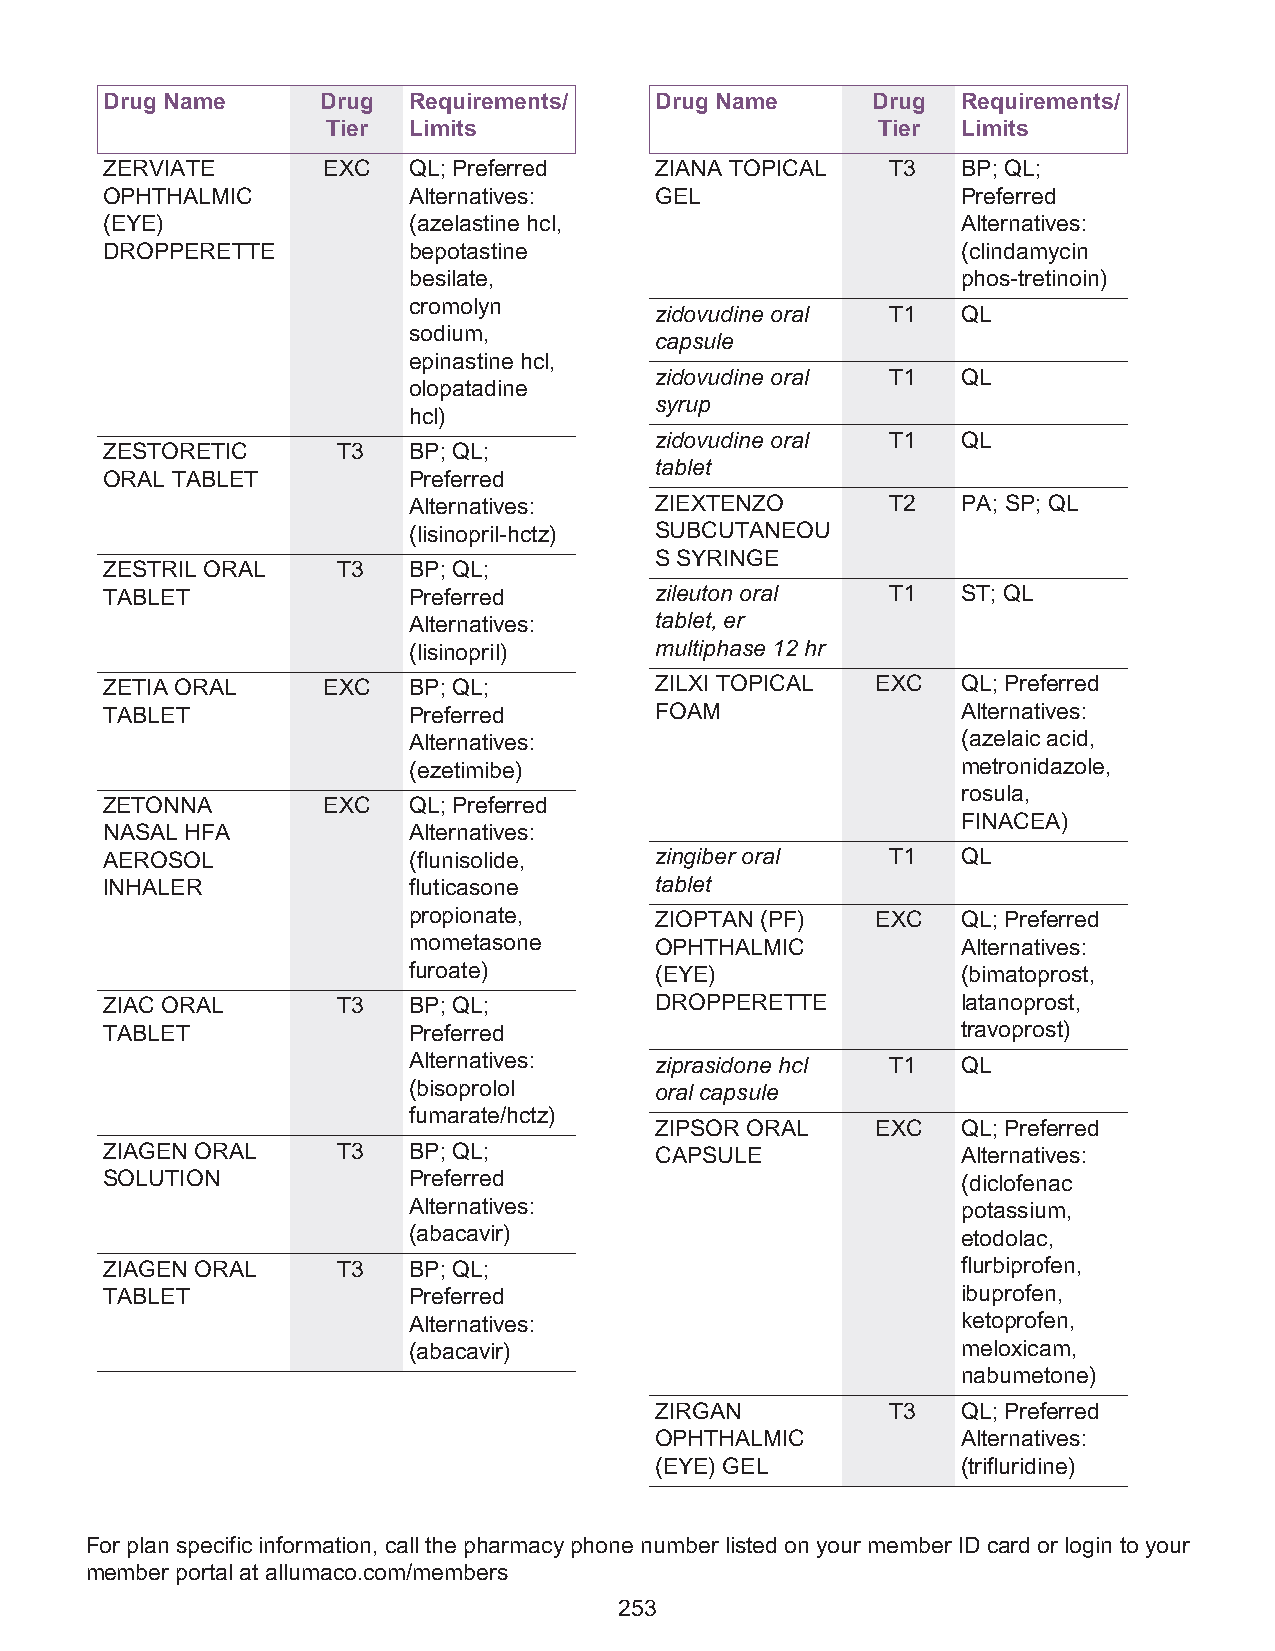
Drug Name     Drug  Requirements/   Drug Name      Drug  Requirements/
 Tier Limits                         Tier  Limits
 ZERVIATE      EXC   QL; Preferred   ZIANA TOPICAL   T3   BP; QL;
 OPHTHALMIC          Alternatives:   GEL                  Preferred
 (EYE)               (azelastine hcl,                     Alternatives:
 DROPPERETTE         bepotastine                          (clindamycin
 besilate,                            phos-tretinoin)
 cromolyn
 zidovudine oral T1   QL
 sodium,
 capsule
 epinastine hcl,
 zidovudine oral T1   QL
 olopatadine
 syrup
 hcl)
 zidovudine oral T1   QL
 ZESTORETIC     T3   BP; QL;
 tablet
 ORAL TABLET         Preferred
 Alternatives:   ZIEXTENZO       T2   PA; SP; QL
 (lisinopril-hctz) SUBCUTANEOU
 S SYRINGE
 ZESTRIL ORAL   T3   BP; QL;
 TABLET              Preferred       zileuton oral   T1   ST; QL
 Alternatives:   tablet, er
 (lisinopril)    multiphase 12 hr
 ZETIA ORAL    EXC   BP; QL;         ZILXI TOPICAL  EXC   QL; Preferred
 TABLET              Preferred       FOAM                 Alternatives:
 Alternatives:                        (azelaic acid,
 (ezetimibe)                          metronidazole,
 rosula,
 ZETONNA       EXC   QL; Preferred
 FINACEA)
 NASAL HFA           Alternatives:
 AEROSOL             (flunisolide,   zingiber oral   T1   QL
 INHALER             fluticasone     tablet
 propionate,     ZIOPTAN (PF)   EXC   QL; Preferred
 mometasone      OPHTHALMIC           Alternatives:
 furoate)        (EYE)                (bimatoprost,
 ZIAC ORAL      T3   BP; QL;         DROPPERETTE          latanoprost,
 TABLET              Preferred                            travoprost)
 Alternatives:   ziprasidone hcl T1   QL
 (bisoprolol     oral capsule
 fumarate/hctz)
 ZIPSOR ORAL    EXC   QL; Preferred
 ZIAGEN ORAL    T3   BP; QL;         CAPSULE              Alternatives:
 SOLUTION            Preferred                            (diclofenac
 Alternatives:                        potassium,
 (abacavir)                           etodolac,
 ZIAGEN ORAL    T3   BP; QL;                              flurbiprofen,
 TABLET              Preferred                            ibuprofen,
 Alternatives:                        ketoprofen,
 (abacavir)                           meloxicam,
 nabumetone)
 ZIRGAN          T3   QL; Preferred
 OPHTHALMIC           Alternatives:
 (EYE) GEL            (trifluridine)
 For plan specific information, call the pharmacy phone number listed on your member ID card or login to your
 member portal at allumaco.com/members
 253